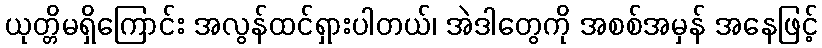
ယုတ္တိမရှိကြောင်း အလွန်ထင်ရှားပါတယ်၊ အဲဒါတွေကို အစစ်အမှန် အနေဖြင့်